Annual report of the Punjab Veterinary College and of the Civil Veterinary Department, Punjab - 1920-1925
Year: 1920
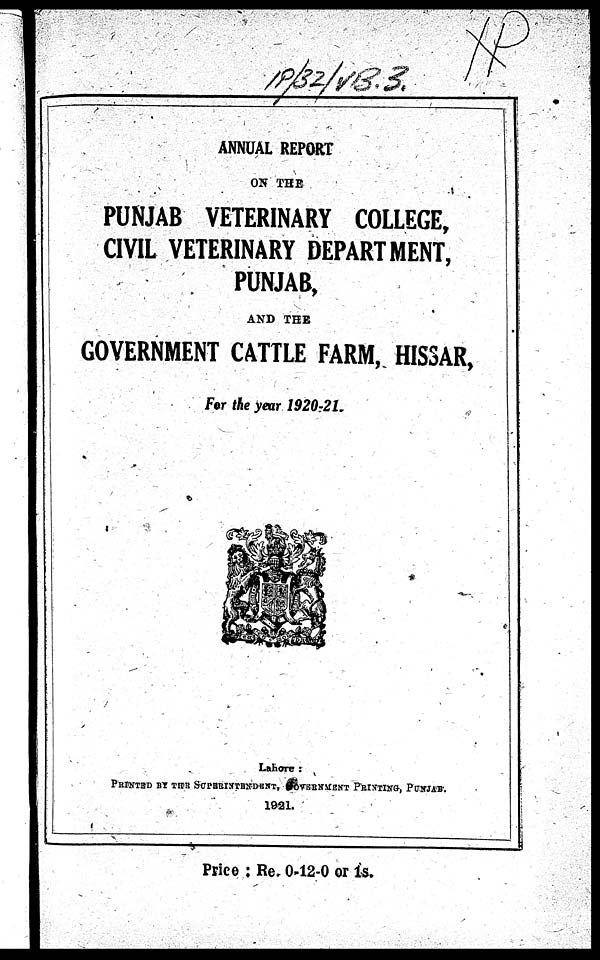
ANNUAL REPORT
ON THE
PUNJAB VETERINARY COLLEGE,
CIVIL VETERINARY DEPARTMENT,
PUNJAB,
AND THE
GOVERNMENT CATTLE FARM, HISSAR,
For the year 1920-21.
Lahore:
PRINTED BY THE SUPERINTENDENT, GOVERNMENT PRINTING, PUNJAB.
1921.
Price : Re. 0-12-0 or 1s.